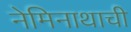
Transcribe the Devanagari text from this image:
नेमिनाथाची